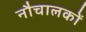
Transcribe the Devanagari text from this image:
नौचालकों